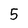
Character: 5